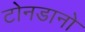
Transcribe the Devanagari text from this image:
टोनडानो